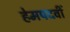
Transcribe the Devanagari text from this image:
हेमपदवीं